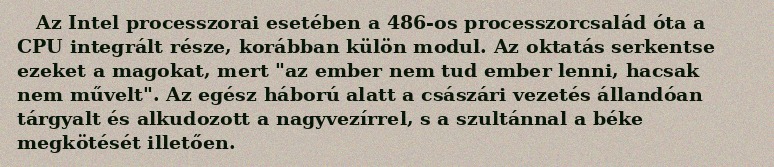
Az Intel processzorai esetében a 486-os processzorcsalád óta a CPU integrált része, korábban külön modul. Az oktatás serkentse ezeket a magokat, mert "az ember nem tud ember lenni, hacsak nem művelt". Az egész háború alatt a császári vezetés állandóan tárgyalt és alkudozott a nagyvezírrel, s a szultánnal a béke megkötését illetően.